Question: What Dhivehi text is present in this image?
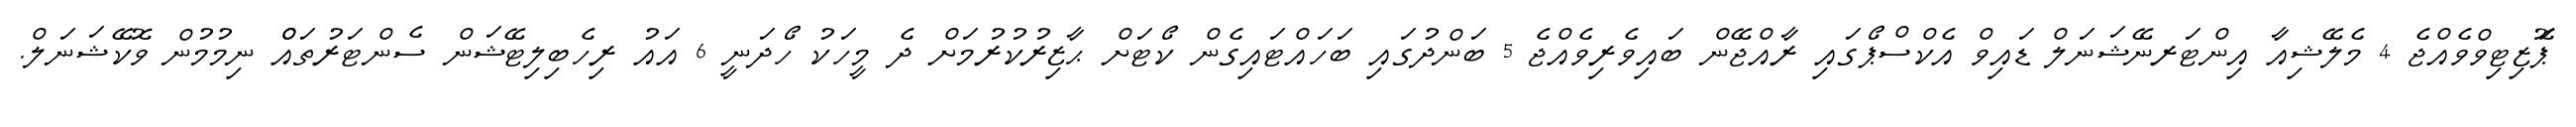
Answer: ޕަޮޒިޓިވްވެއްޖެ 4 މެލޭޝިއާ އިންޓަރނޭޝަނަލް ޑައިވް އެކްސްޕޯގައި ރާއްޖޭން ބައިވެރިވެއްޖެ 5 ބަންދުގައި ބަހައްޓައިގެން ކޯޓަށް ޙާޒިރުކުރުމަށް ދެ މީހަކު ހޯދަނީ 6 އައު ރިހެބިލިޓޭޝަން ސެންޓަރުތައްް ނިމުމުން ވޮކޭޝަނަލް.